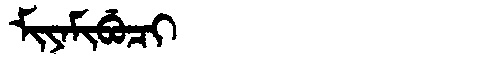
Manchu: ᠮᡳᠶᠠᠮᡳᠪᡠᠴᡳ
Romanization: MIYAMIBUCI